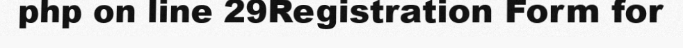
php on line 29Registration Form for